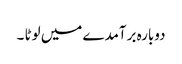
دوبارہ برآمدے میں لوٹا ۔